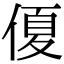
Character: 𠌘